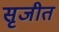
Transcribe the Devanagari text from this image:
सृजीत